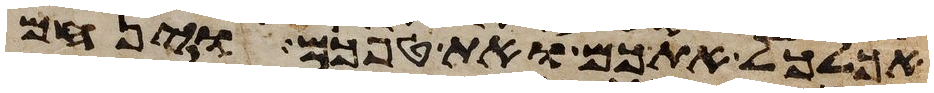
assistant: אכלכל אתכם ואת טפכם וינחם